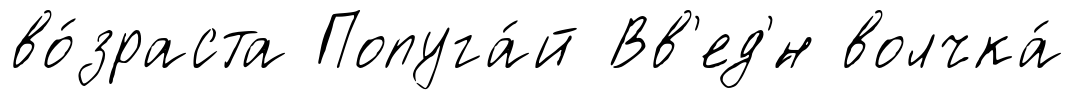
во́зраста Попуга́й Вв'ед'́н волчка́